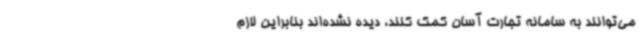
می‌توانند به سامانه تجارت آسان کمک کنند، دیده نشده‌اند بنابراین لازم